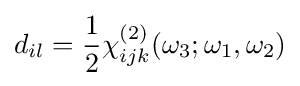
d_{il}={\frac {1}{2}}\chi _{ijk}^{(2)}(\omega _{3};\omega _{1},\omega _{2})